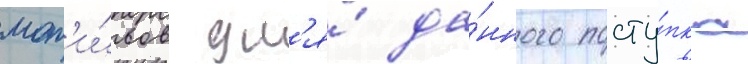
мот'и́вов дл'я́ да́нного посту́пка